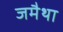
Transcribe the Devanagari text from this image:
जमैथा